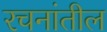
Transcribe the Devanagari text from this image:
रचनांतील